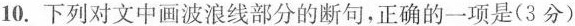
10.下列对文中画波浪线部分的断句，正确的一项是（3分）